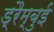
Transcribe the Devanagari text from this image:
ड्रैम्बुई